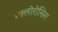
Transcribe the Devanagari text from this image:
स्क्लोरोसिस